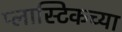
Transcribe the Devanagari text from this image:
प्लास्टिकच्या